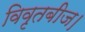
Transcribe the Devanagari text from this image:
विवृतबीज।